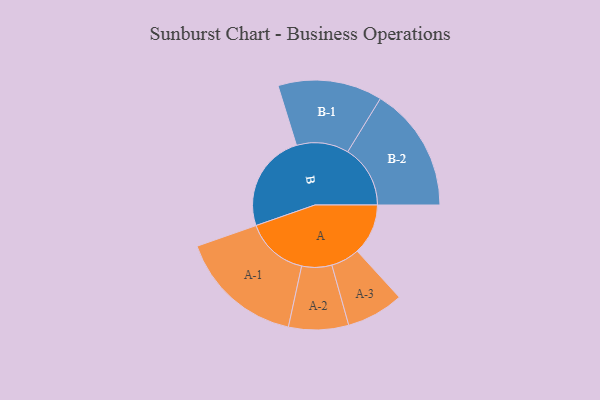
{"axis": {"x": "Segment", "y": "Value"}, "legend": ["", "A", "B"], "data": [{"x": "A", "y": 231, "type": ""}, {"x": "B", "y": 447, "type": ""}, {"x": "A-1", "y": 284, "type": "A"}, {"x": "A-2", "y": 136, "type": "A"}, {"x": "A-3", "y": 130, "type": "A"}, {"x": "B-1", "y": 237, "type": "B"}, {"x": "B-2", "y": 284, "type": "B"}]}